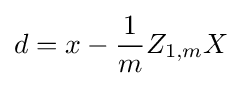
d=x-{\frac {1}{m}}Z_{1,m}X